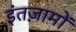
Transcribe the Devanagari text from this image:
इंतज़ामों